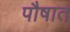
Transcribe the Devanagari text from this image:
पौषात